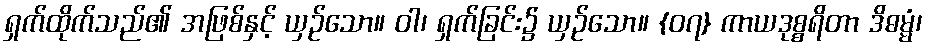
ရှက်ထိုက်သည်၏ အဖြစ်နှင့် ယှဉ်သော။ ဝါ၊ ရှက်ခြင်း၌ ယှဉ်သော။ {၀၇} ကာယဒုစ္စရိတာ ဒိဓမ္မံ၊